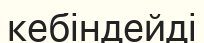
кебіндейді